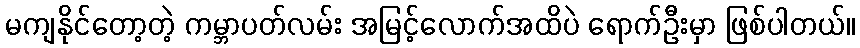
မကျနိုင်တော့တဲ့ ကမ္ဘာပတ်လမ်း အမြင့်လောက်အထိပဲ ရောက်ဦးမှာ ဖြစ်ပါတယ်။